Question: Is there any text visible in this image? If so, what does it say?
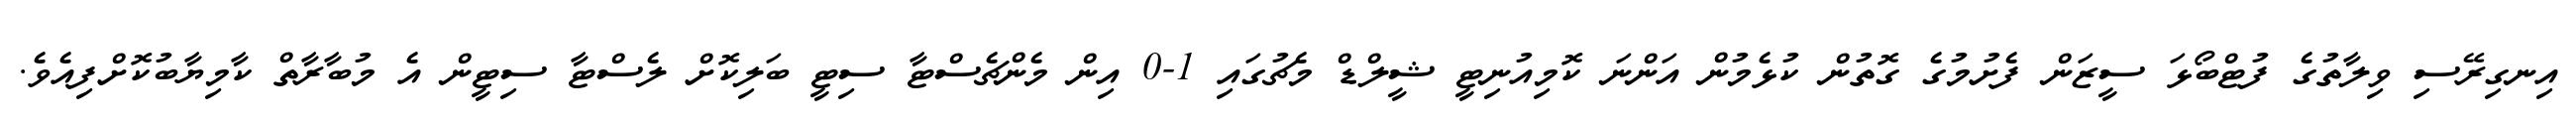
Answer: އިނގިރޭސި ވިލާތުގެ ފުޓްބޯޅަ ސީޒަން ފެށުމުގެ ގޮތުން ކުޅެމުން އަންނަ ކޮމިއުނިޓީ ޝީލްޑް މެޗުގައި 1-0 އިން މެންޗެސްޓާ ސިޓީ ބަލިކޮށް ލެސްޓާ ސިޓީން އެ މުބާރާތް ކާމިޔާބުކޮށްފިއެވެ.